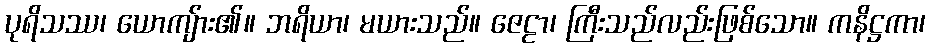
ပုရိသဿ၊ ယောကျ်ား၏။ ဘရိယာ၊ မယားသည်။ ဇေဠာ၊ ကြီးသည်လည်းဖြစ်သော။ ကနိဋ္ဌကာ၊